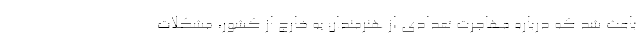
باعث شد که درباره مهاجرت تعدادی از هنرمندان به خارج از کشور، مشکلات